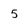
Character: 5